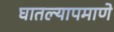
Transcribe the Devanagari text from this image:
घातल्यापमाणे